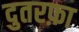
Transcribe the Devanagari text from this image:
दुतरफ़ा